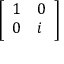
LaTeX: \left[ \begin{array} { l l } { 1 } & { 0 } \\ { 0 } & { i } \end{array} \right]